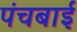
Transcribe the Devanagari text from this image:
पंचबाई